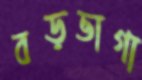
বড়ভাগা